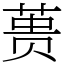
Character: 蒉